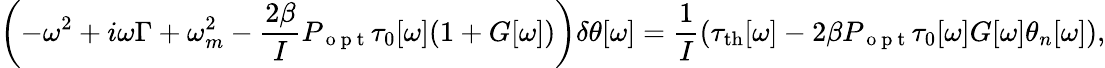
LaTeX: \left(-\omega^{2}+i\omega\Gamma+\omega_{m}^{2}-\frac{2\beta}{I}P_{\mathrm{~o~p~t~}}\tau_{0}[\omega](1+G[\omega])\right)\delta\theta[\omega]=\frac{1}{I}\left(\tau_{\mathrm{{th}}}[\omega]-2\beta P_{\mathrm{~o~p~t~}}\tau_{0}[\omega]G[\omega]\theta_{n}[\omega]\right),